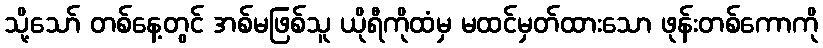
သို့သော် တစ်နေ့တွင် အစ်မဖြစ်သူ ယိုရီကိုထံမှ မထင်မှတ်ထားသော ဖုန်းတစ်ကောကို